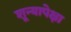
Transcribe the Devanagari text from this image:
शून्यापेक्षा